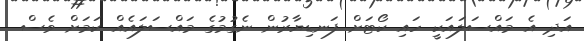
އަދި އެ މައްސަލައަކީ ހައި ކޯޓަށް ފަނޑިޔާރުން ނެގުމުގެ މައްސަލައެއް ކަމަށް ވެސް